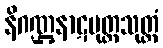
နိဂဏ္ဌနာဋပုတ္တသုတ္တံ